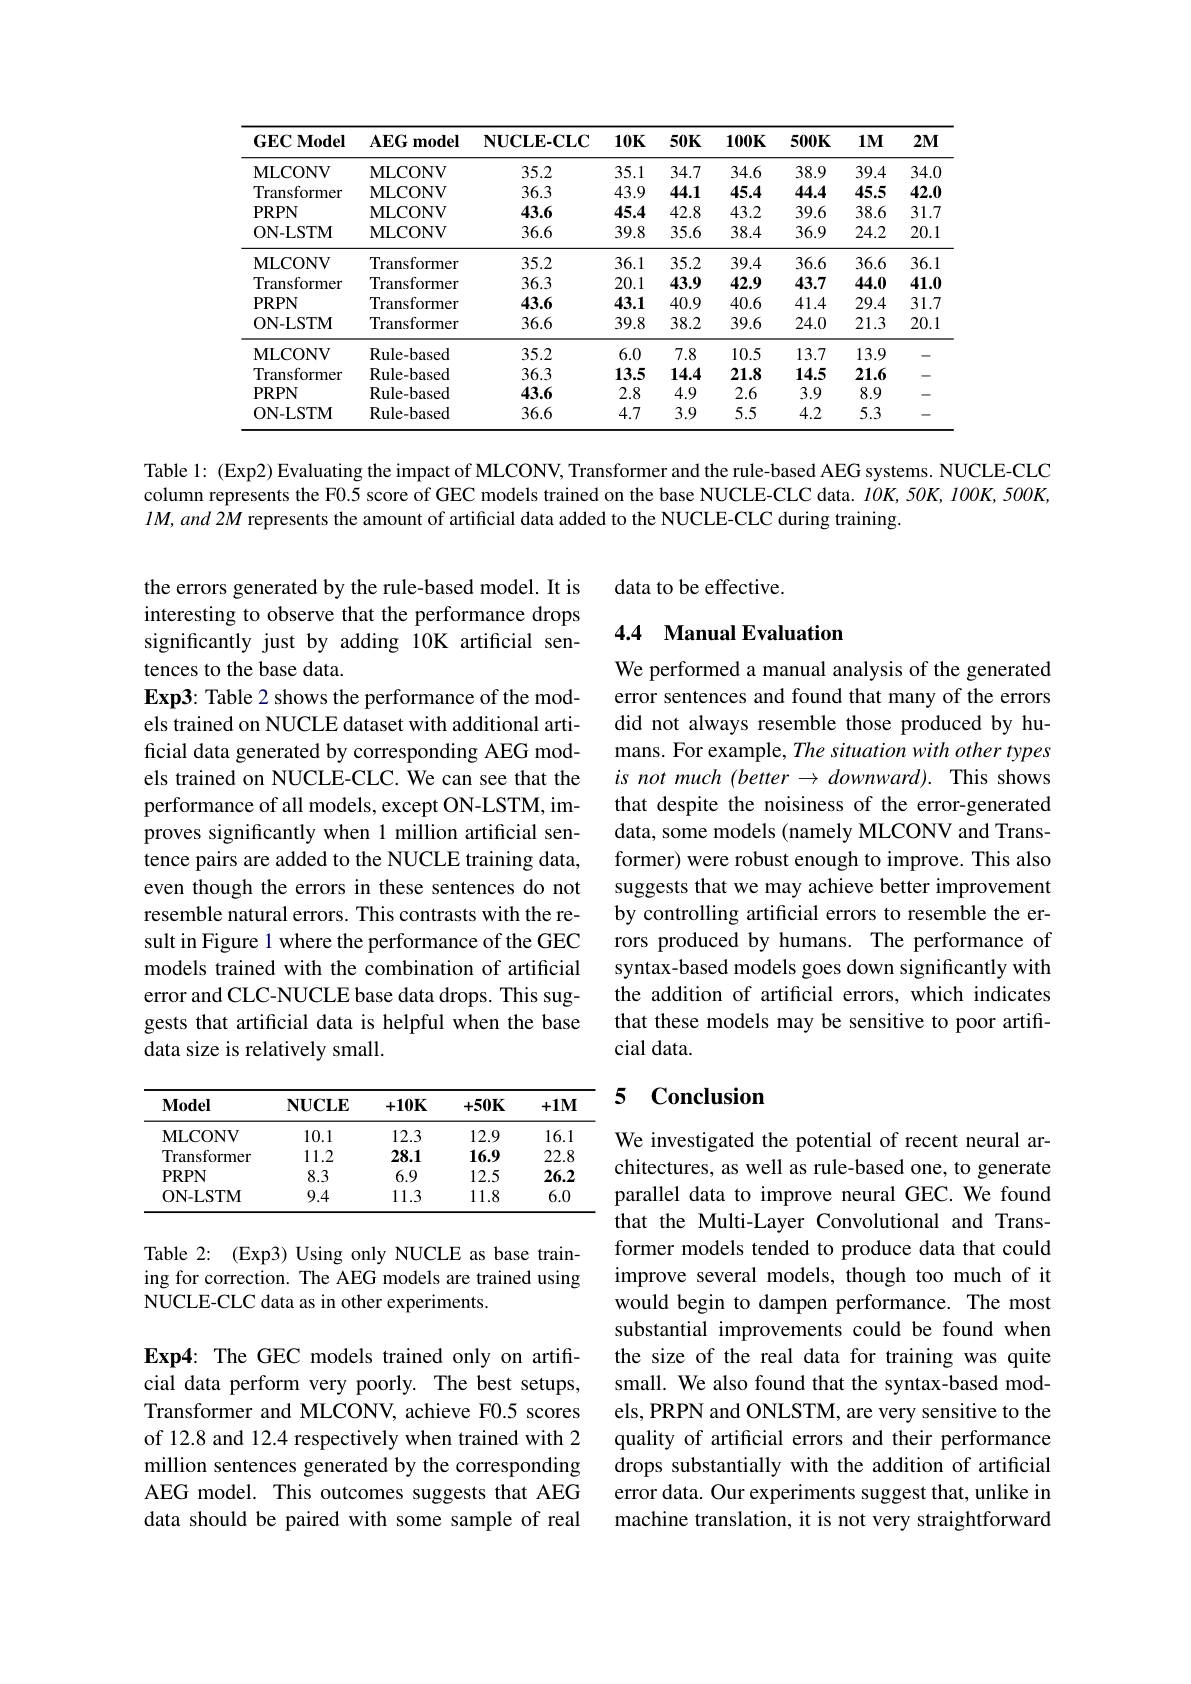
<table>
	<tbody>
		<tr>
			<th>$\mathbf{GECModel}$</th>
			<th>$AEG$ ${\mathbf{model}}$</th>
			<th>$\mathbf{NUCLE-CLC}$</th>
			<th>$10K$</th>
			<th>$50K$</th>
			<th>$100K$</th>
			<th>$500K$</th>
			<th>$1M$</th>
			<th>$2MI$</th>
		</tr>
		<tr>
			<td>$\mathbf{MLCONV}$</td>
			<td>MLCONV</td>
			<td>35.2</td>
			<td>35.1</td>
			<td>34.7</td>
			<td>34.6</td>
			<td>38.9</td>
			<td>39.4</td>
			<td>34.C</td>
		</tr>
		<tr>
			<td>Transformer</td>
			<td>MLCONV</td>
			<td>36.3</td>
			<td>43.9</td>
			<td>44.1</td>
			<td>45.4</td>
			<td>44.4</td>
			<td>45.5</td>
			<td>42.0</td>
		</tr>
		<tr>
			<td>$\mathbf{PRPN}$</td>
			<td>MLCONV</td>
			<td>43.6</td>
			<td>45.4</td>
			<td>42.8</td>
			<td>43.2</td>
			<td>39.6</td>
			<td>38.6</td>
			<td>31.7</td>
		</tr>
		<tr>
			<td>ON- LSTM</td>
			<td>MLCONV</td>
			<td>36.6</td>
			<td>39.8</td>
			<td>35.6</td>
			<td>38.4</td>
			<td>36.9</td>
			<td>24.2</td>
			<td>20.1</td>
		</tr>
		<tr>
			<td>$\mathbf{MLCONV}$</td>
			<td>Transformer</td>
			<td>35.2</td>
			<td>36.1</td>
			<td>35.2</td>
			<td>39.4</td>
			<td>36.6</td>
			<td>36.6</td>
			<td>36.1</td>
		</tr>
		<tr>
			<td>Transformer</td>
			<td>Transformer</td>
			<td>36.3</td>
			<td>20.1</td>
			<td>43.9</td>
			<td>42.9</td>
			<td>43.7</td>
			<td>44.0</td>
			<td>41.0 </td>
		</tr>
		<tr>
			<td>$\mathbf{PRPN}$</td>
			<td>Transformer</td>
			<td>43.6</td>
			<td>43.1</td>
			<td>40.9</td>
			<td>40.6</td>
			<td>41.4</td>
			<td>29.4</td>
			<td>31.7</td>
		</tr>
		<tr>
			<td>ON- LSTM</td>
			<td>Transformer</td>
			<td>36.6</td>
			<td>39.8</td>
			<td>38.2</td>
			<td>39.6</td>
			<td>24.0</td>
			<td>21.3</td>
			<td>20.1 </td>
		</tr>
		<tr>
			<td>$\mathbf{MLCONV}$</td>
			<td>Rule-based</td>
			<td>35.2</td>
			<td>6.0</td>
			<td>7.8</td>
			<td>10.5</td>
			<td>13.7</td>
			<td>13.9</td>
			<td>一</td>
		</tr>
		<tr>
			<td>Transformer</td>
			<td>Rule- based</td>
			<td>36.3</td>
			<td>13.5</td>
			<td>14.4</td>
			<td>21.8</td>
			<td>14.5</td>
			<td>21.6</td>
			<td>一 </td>
		</tr>
		<tr>
			<td>$\mathbf{PRPN}$</td>
			<td>Rule-based</td>
			<td>43.6</td>
			<td>2.8</td>
			<td>4.9</td>
			<td>2.6</td>
			<td>3.9</td>
			<td>8.9</td>
			<td>-</td>
		</tr>
		<tr>
			<td>ON- LSTM</td>
			<td>Rule-based</td>
			<td>36.6</td>
			<td>4.7</td>
			<td>3.9</td>
			<td>5.5</td>
			<td>4.2</td>
			<td>5.3</td>
			<td>-</td>
		</tr>
	</tbody>
</table>

Table 1: (Exp2) Evaluating the impact of MLCONV, Transformer and the rule-based AEG systems. NUCLE-CLC column represents the F0.5 score of GEC models trained on the base NUCLE-CLC data. $lOK,5OK,100K,500K$, $lM,and2M$ represents the amount of artificial data added to the NUCLE-CLC during training.

data to be effective.

## 4.4 Manual Evaluation

the errors generated by the rule-based model. It is interesting to observe that the performance drops significantly just by adding 10K artificial sentences to the base data.
Exp3: Table 2 shows the performance of the models trained on NUCLE dataset with additional artificial data generated by corresponding AEG models trained on NUCLE-CLC. We can see that the performance of all models, except ON-LSTM, improves significantly when 1 million artificial sentence pairs are added to the NUCLE training data, even though the errors in these sentences do not resemble natural errors. This contrasts with the result in Figure 1 where the performance of the GEC models trained with the combination of artificial error and CLC-NUCLE base data drops. This suggests that artificial data is helpful when the base data size is relatively small.

We performed a manual analysis of the generated error sentences and found that many of the errors did not always resemble those produced by humans. For example, The situation with other types $is$ not much $(better\to downward).$ This shows that despite the noisiness of the error-generated data, some models (namely MLCONV and Transformer) were robust enough to improve. This also suggests that we may achieve better improvement by controlling artificial errors to resemble the errors produced by humans. The performance of syntax-based models goes down significantly with the addition of artificial errors, which indicates that these models may be sensitive to poor artificial data.

### 5 Conclusion

<table>
	<tbody>
		<tr>
			<th>$\mathbf{Model}$</th>
			<th>$\mathbf{NUCLE}$</th>
			<th>$+10K$</th>
			<th>$+50\mathbf{K}$</th>
			<th>$+1M$</th>
		</tr>
		<tr>
			<td>MLCONV</td>
			<td>10.1</td>
			<td>12.3</td>
			<td>12.9</td>
			<td>16.1</td>
		</tr>
		<tr>
			<td>Transformer</td>
			<td>11.2</td>
			<td>28.1</td>
			<td>16.9</td>
			<td>22.8</td>
		</tr>
		<tr>
			<td>PRPN</td>
			<td>8.3</td>
			<td>6.9</td>
			<td>12.5</td>
			<td>26.2</td>
		</tr>
		<tr>
			<td>ON- LSTM</td>
			<td>9.4</td>
			<td>11.3</td>
			<td>11.8</td>
			<td>6.0</td>
		</tr>
	</tbody>
</table>

Table 2: (Exp3) Using only NUCLE as base training for correction. The AEG models are trained using NUCLE-CLC data as in other experiments.

We investigated the potential of recent neural architectures, as well as rule-based one, to generate parallel data to improve neural GEC. We found that the Multi-Layer Convolutional and Transformer models tended to produce data that could improve several models, though too much of it would begin to dampen performance. The most substantial improvements could be found when the size of the real data for training was quite small. We also found that the syntax-based models, PRPN and ONLSTM, are very sensitive to the quality of artificial errors and their performance drops substantially with the addition of artificial error data. Our experiments suggest that, unlike in machine translation, it is not very straightforward

Exp4: The GEC models trained only on artificial data perform very poorly. The best setups, Transformer and MLCONV, achieve F0.5 scores of 12.8 and 12.4 respectively when trained with 2 million sentences generated by the corresponding AEG model. This outcomes suggests that AEG data should be paired with some sample of